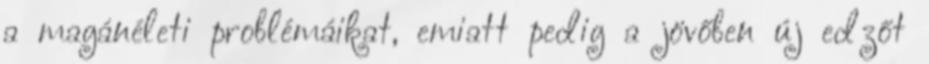
a magánéleti problémáikat, emiatt pedig a jövőben új edzőt